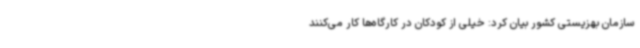
سازمان بهزیستی کشور بیان کرد: خیلی از کودکان در کارگاه‌ها کار می‌کنند